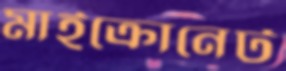
মাইক্রোনেট